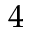
4